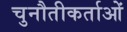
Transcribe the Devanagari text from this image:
चुनौतीकर्ताओं